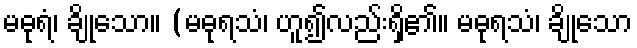
မဓုရံ၊ ချိုသော။ (မဓုရသံ၊ ဟူ၍လည်းရှိ၏။ မဓုရသံ၊ ချိုသော